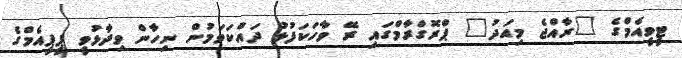
ޓީވީއެމްގެ "ރާއްޖެ މިއަދު" ޕްރޮގްރާމްގައި ރޭ ވާހަކަފުޅު ދައްކަވަމުން ނިހާން ވިދާޅުވީ ޕީޕީއެމްގެ